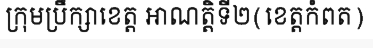
ក្រុមប្រឹក្សាខេត្ត អាណត្តិទី២(ខេត្តកំពត)